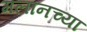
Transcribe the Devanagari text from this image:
मलानच्या